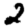
Digit: 2